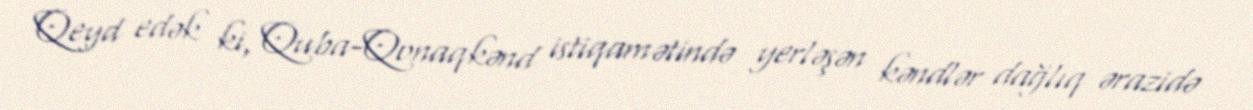
Qeyd edək ki, Quba-Qonaqkənd istiqamətində yerləşən kəndlər dağlıq ərazidə